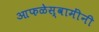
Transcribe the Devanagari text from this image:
आफळेस्वामींनी